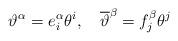
LaTeX: \begin{align*}\vartheta ^\alpha =e_i^\alpha \theta ^i,\quad \overline{\vartheta }^\beta=f_j^\beta \theta ^j \end{align*}